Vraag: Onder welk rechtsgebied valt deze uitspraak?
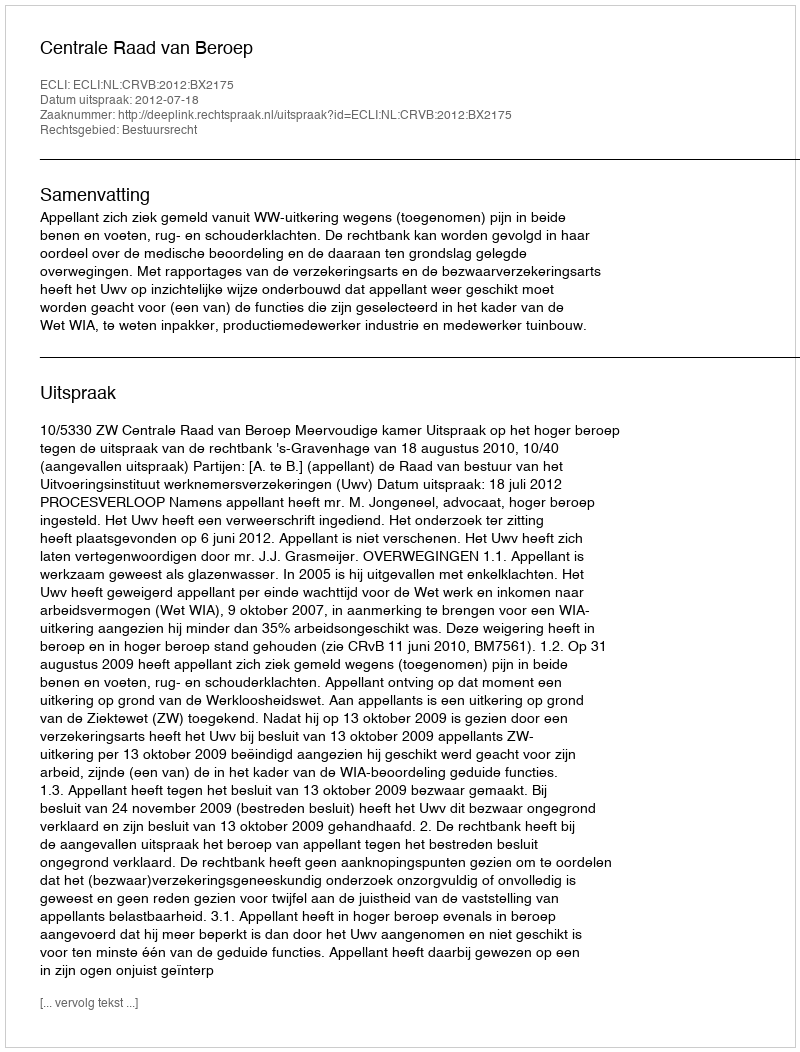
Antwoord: Bestuursrecht